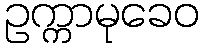
ဥက္ကာမုခေဝ